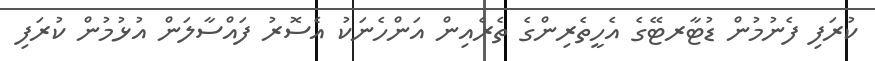
ކުރަފި ފެނުމުން ޑުޓާރޓޭގެ އެހީތެރިންގެ ތެރެއިން އަންހެނަކު އެސޮރު ފައްސާލަން އުޅުމުން ކުރަފި